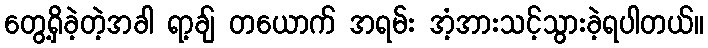
တွေ့ရှိခဲ့တဲ့အခါ ရာ့ချ် တယောက် အရမ်း အံ့အားသင့်သွားခဲ့ရပါတယ်။